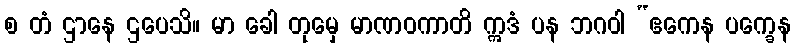
စ တံ ဌာနေ ဌပေသိ။ မာ ခေါ တုမှေ မာဏဝကာတိ ဣဒံ ပန ဘဂဝါ “ဧကေန ပက္ခေန